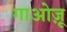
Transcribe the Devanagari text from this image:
गाओज़ू